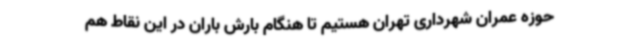
حوزه عمران شهرداری تهران هستیم تا هنگام بارش باران در این نقاط هم